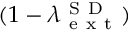
( 1 - \lambda _ { \mathrm { ~ e ~ x ~ t ~ } } ^ { \mathrm { ~ S ~ D ~ } } )